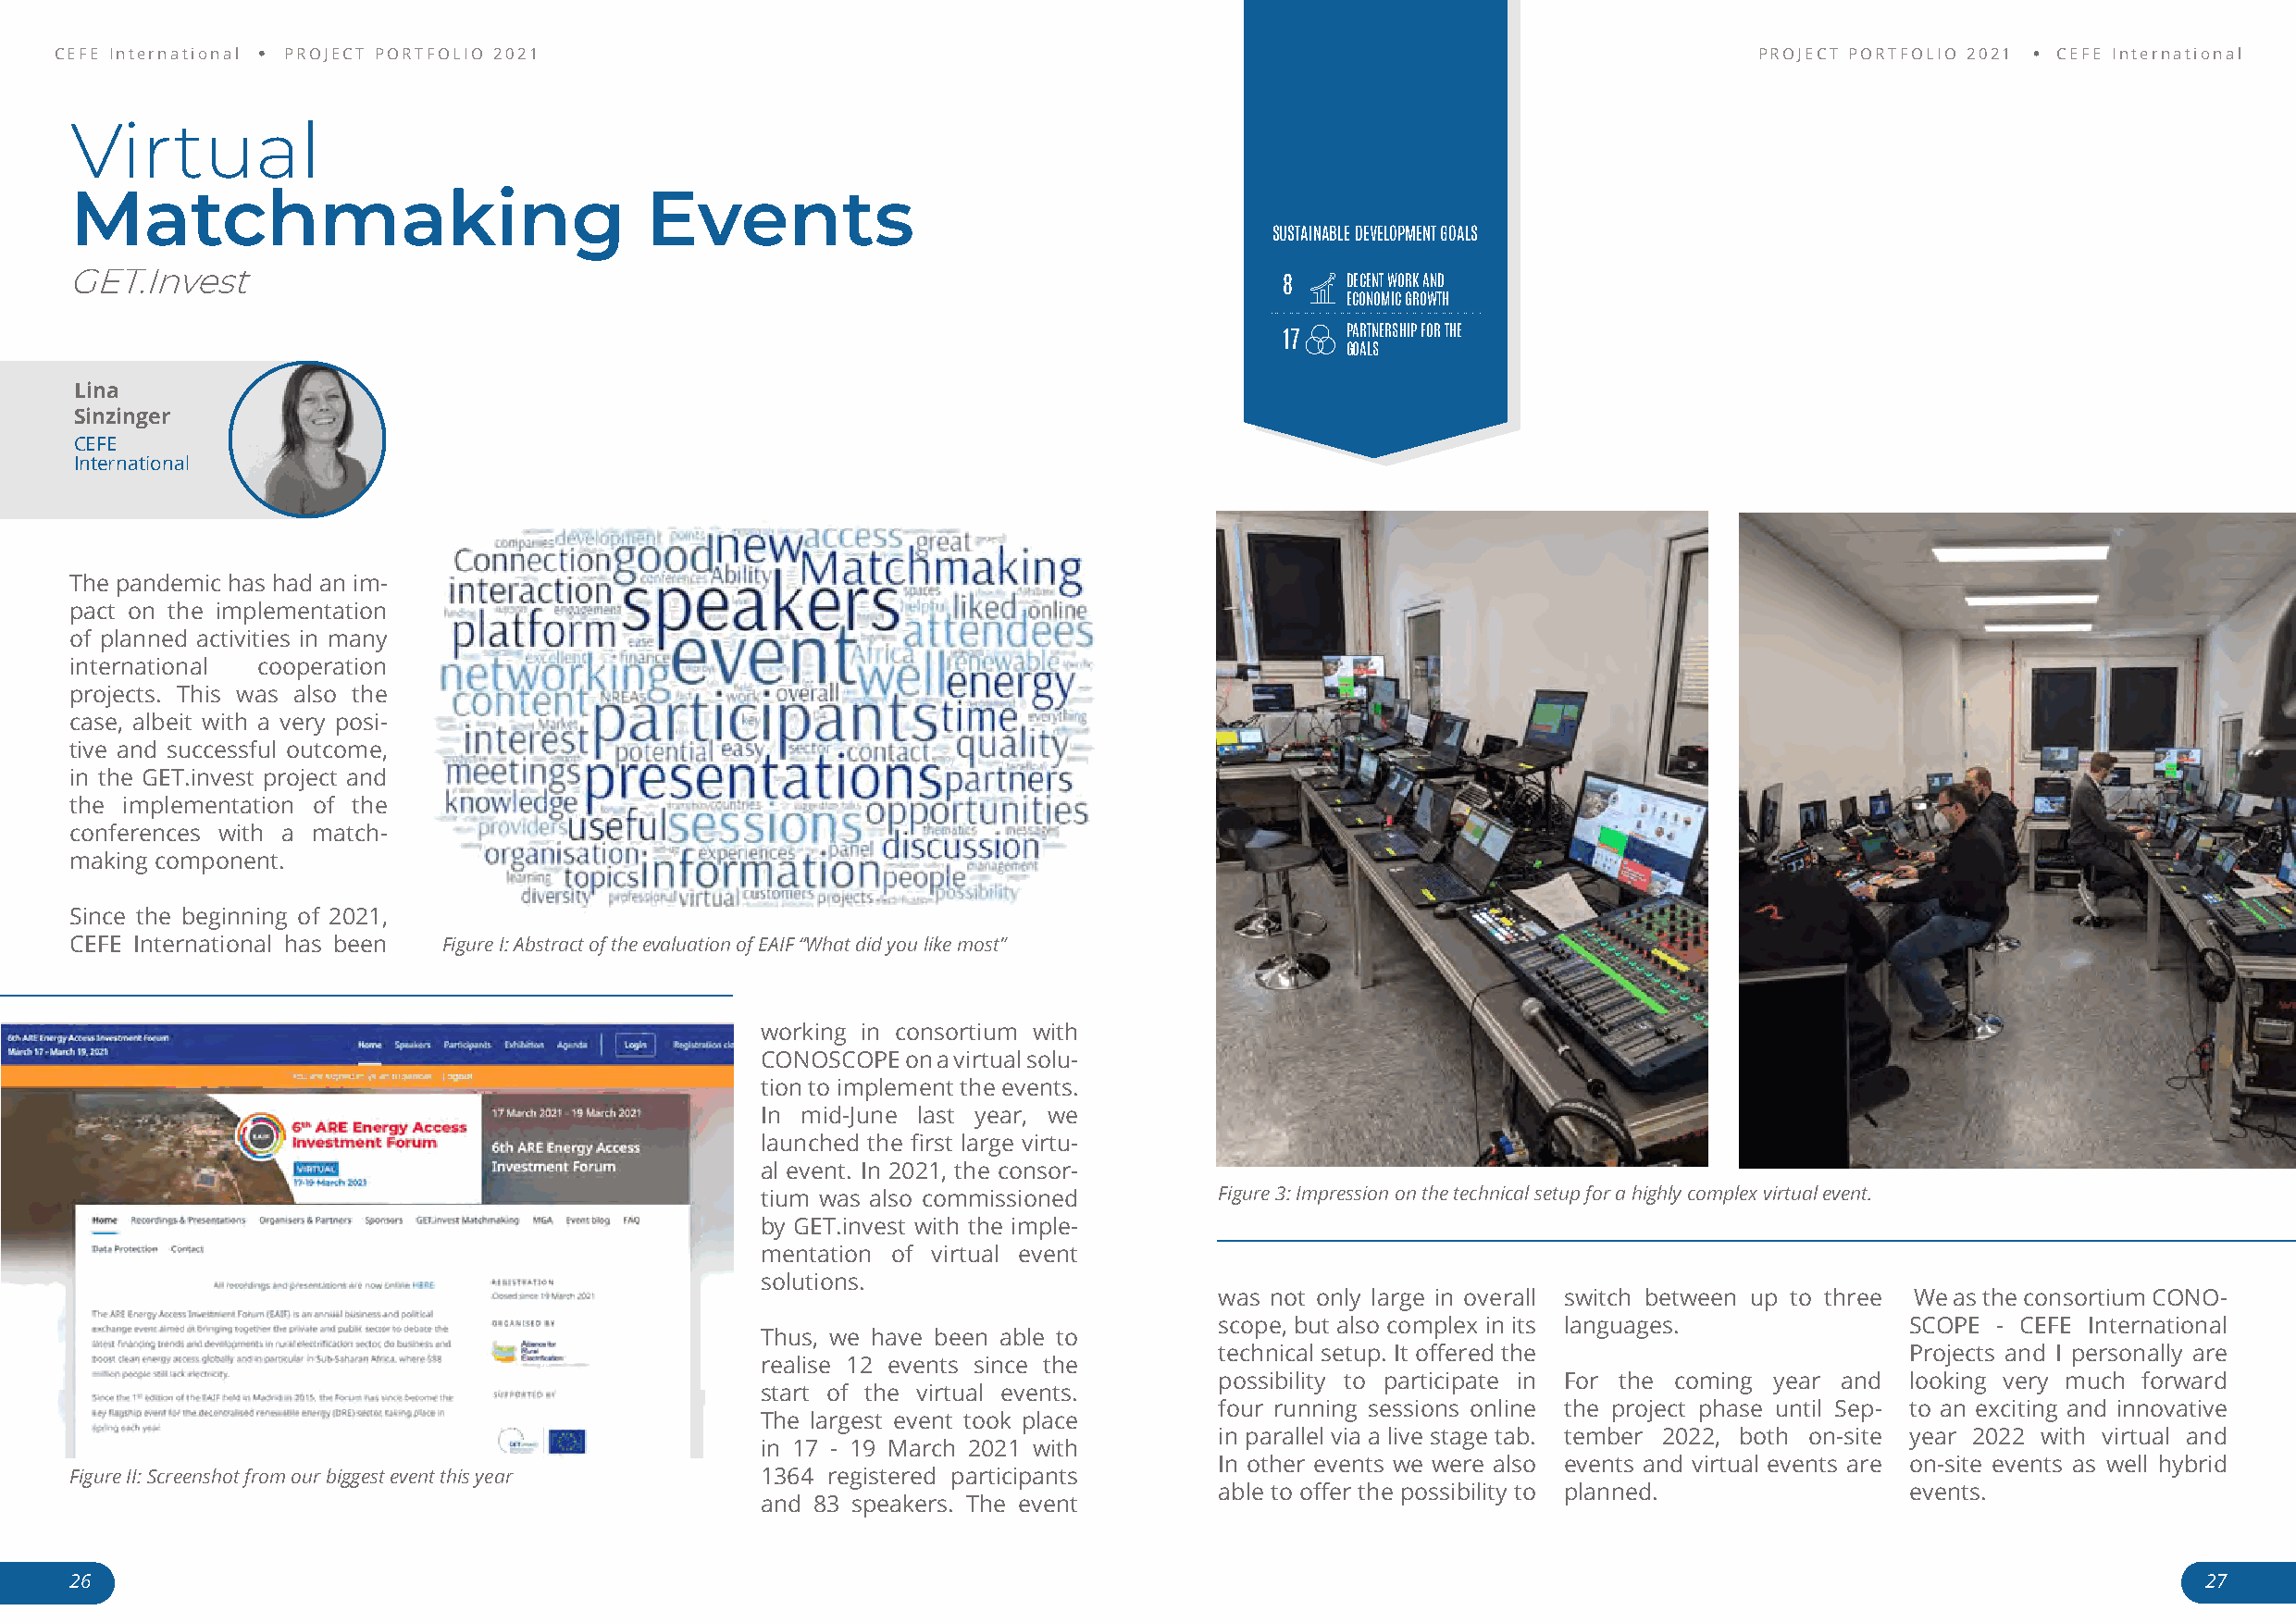
CEFE International PROJECT PORTFOLIO 2021                                                                                 PROJECT PORTFOLIO 2021 CEFE International
 Virtual
 Matchmaking                              Events
 SUSTAINABLE DEVELOPMENT GOALS
 GET.Invest
 8   DECENT WORK AND
 ECONOMIC GROWTH
 PARTNERSHIP FOR THE
 17
 GOALS
 Lina
 Sinzinger
 CEFE
 International
 The pandemic has had an im-
 pact on the implementation
 of planned activities in many
 international cooperation
 projects. This was also the
 case, albeit with a very posi-
 tive and successful outcome,
 in the GET.invest project and
 the implementation of the
 conferences with a match-
 making component.
 Since the beginning of 2021,
 CEFE International has been Figure I: Abstract of the evaluation of EAIF “What did you like most”
 working in consortium with
 CONOSCOPE  on a virtual solu-
 tion to implement the events.
 In mid-June last year, we
 launched the first large virtu-
 al event. In 2021, the consor-
 tium was also commissioned       Figure 3: Impression on the technical setup for a highly complex virtual event.
 by GET.invest with the imple-
 mentation of virtual event
 solutions.
 was not only large in overall switch between up to three We as the consortium CONO-
 scope, but also complex in its languages.         SCOPE - CEFE International
 Thus, we have been able to
 technical setup. It offered the                   Projects and I personally are
 realise 12 events since the
 possibility to participate in For the coming year and looking very much forward
 start of the virtual events.
 four running sessions online the project phase until Sep- to an exciting and innovative
 The largest event took place
 in parallel via a live stage tab. tember 2022, both on-site year 2022 with virtual and
 in 17 - 19 March 2021 with
 In other events we were also events and virtual events are on-site events as well hybrid
 Figure II: Screenshot from our biggest event this year 1364 registered participants
 able to offer the possibility to planned.         events.
 and 83 speakers. The event
 26                                                                                                                                                       27